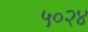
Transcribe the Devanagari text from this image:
५०२४